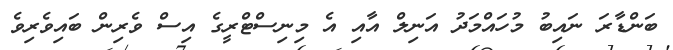
ބަންޑާރަ ނައިބު މުހައްމަދު އަނިލް އާއި އެ މިނިސްޓްރީގެ އިސް ވެރިން ބައިވެރިވެ